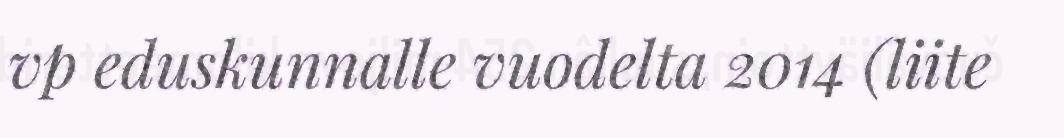
vp eduskunnalle vuodelta 2014 (liite